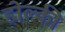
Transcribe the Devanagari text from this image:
डोल्की